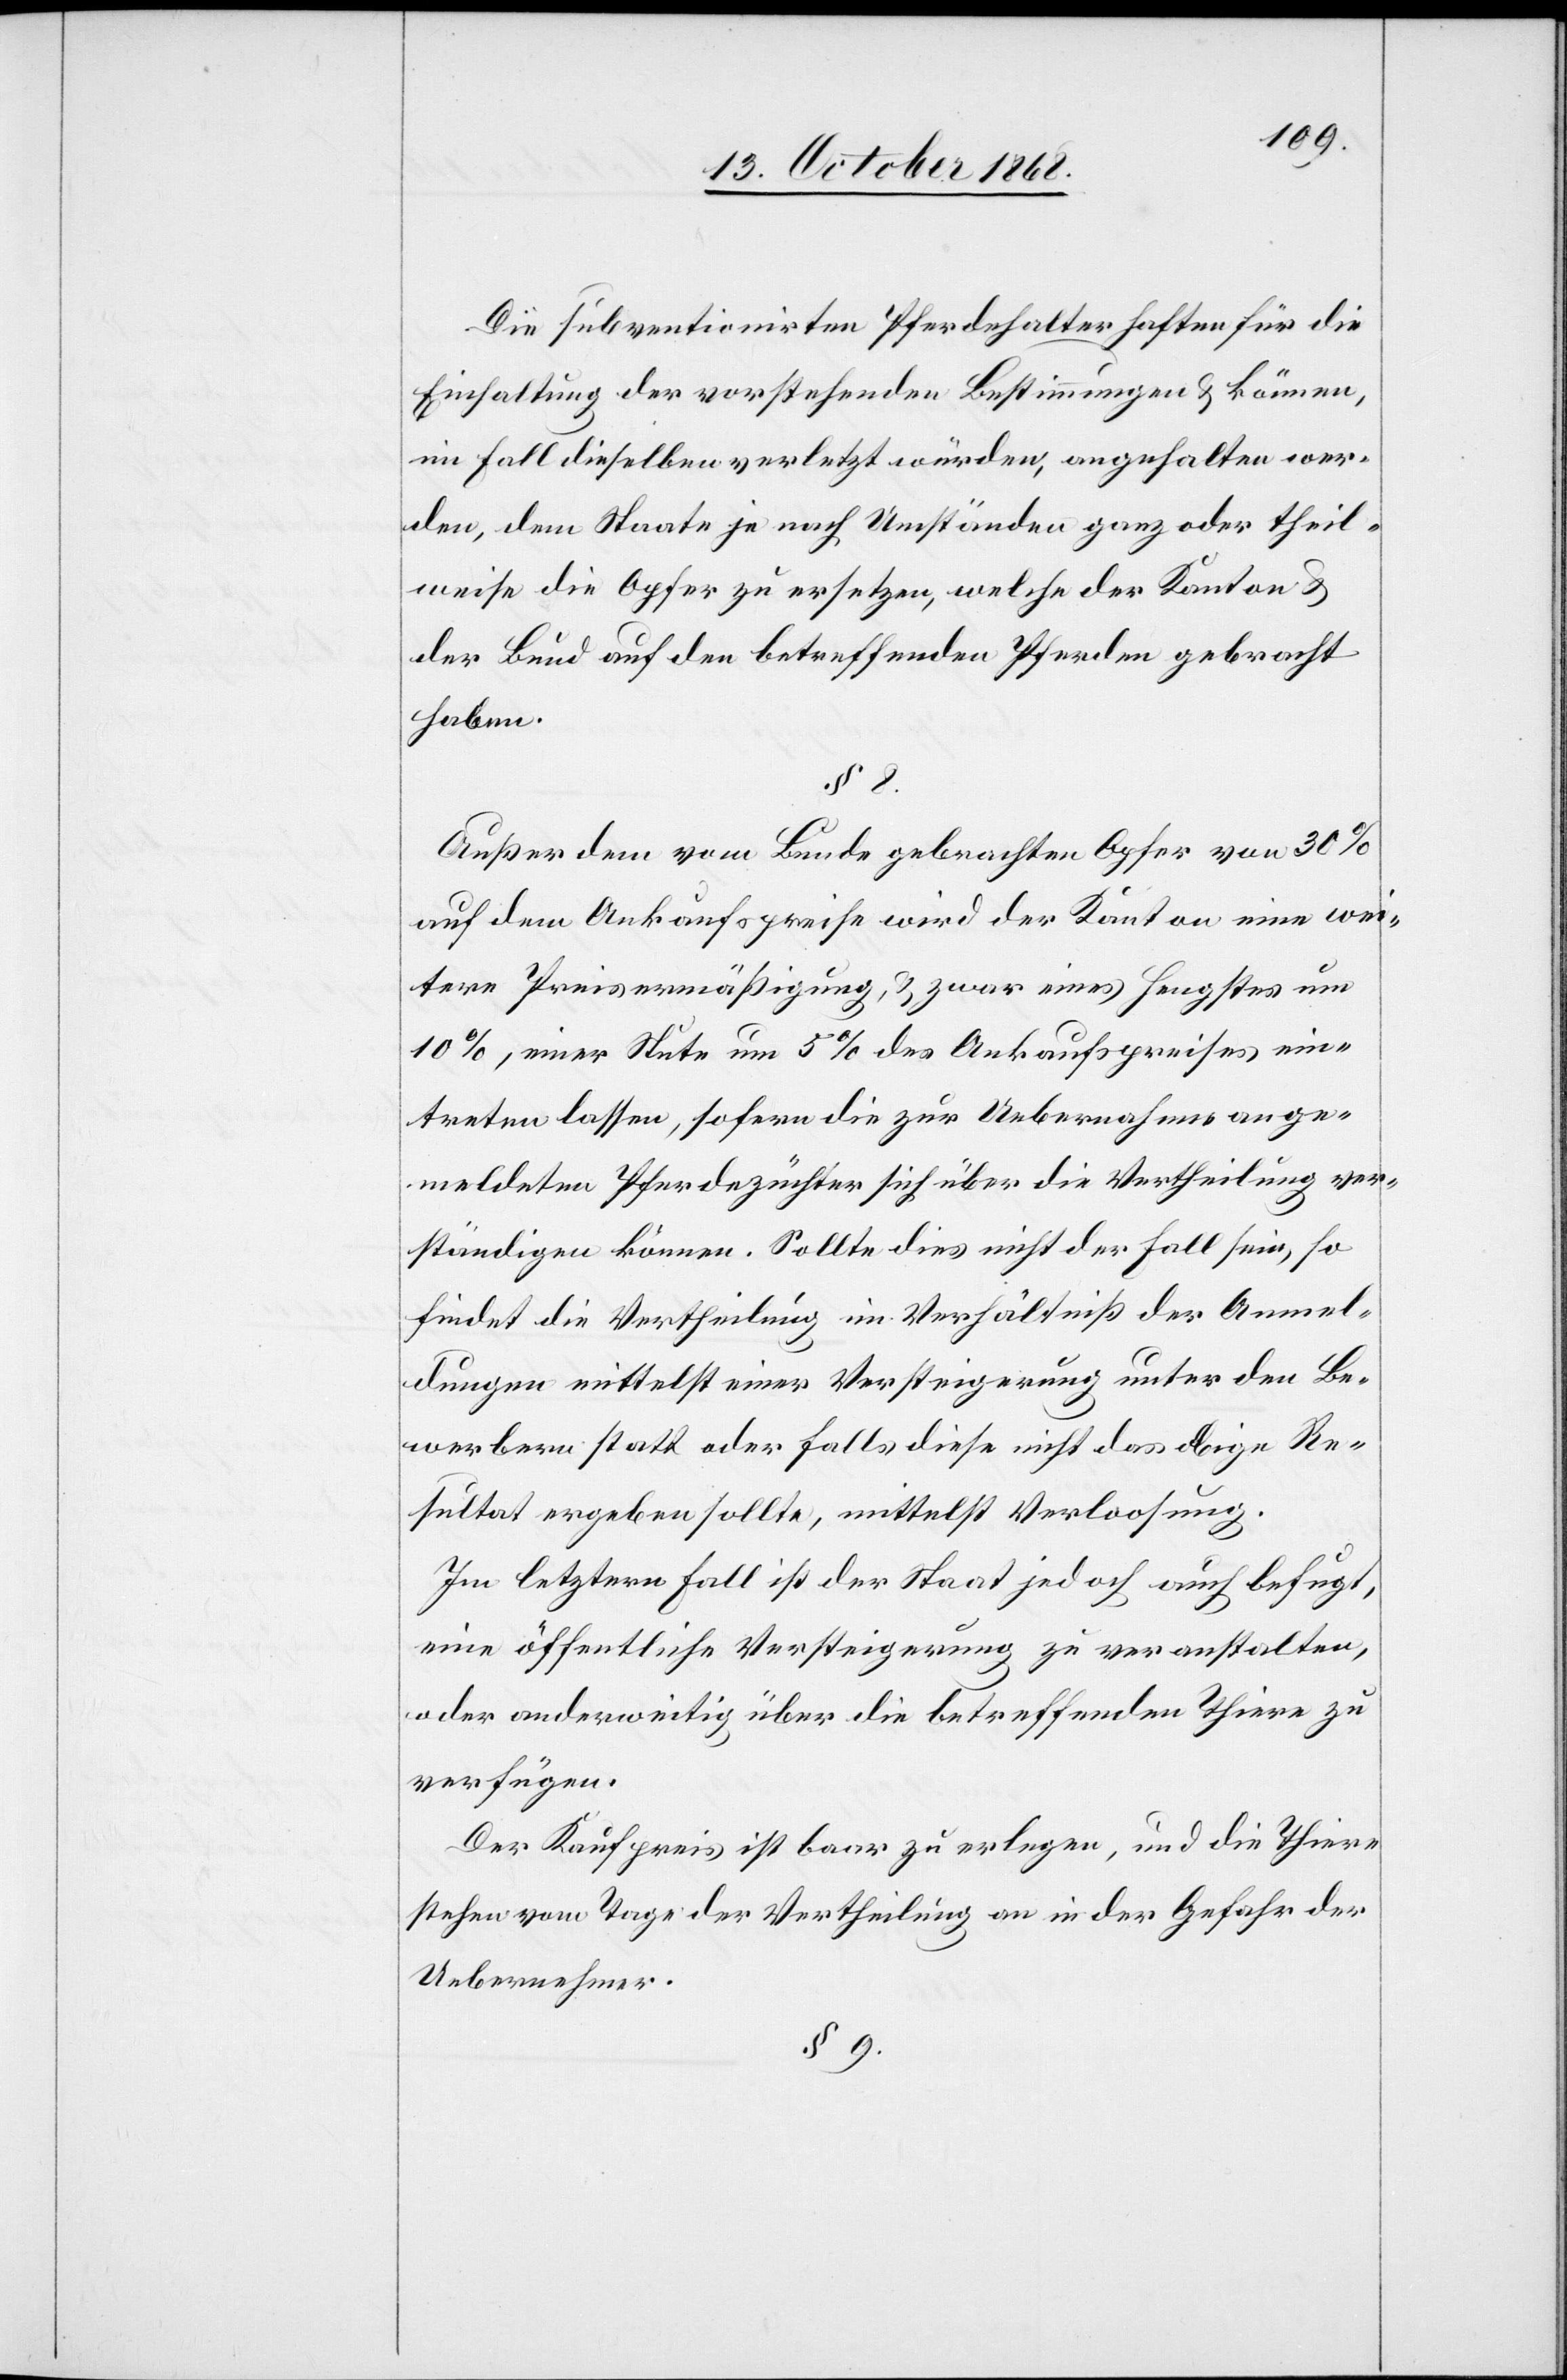
Die subventionirten Pferdehalter haften für die
Einhaltung der vorstehenden Bestimmungen & können,
im Fall dieselben verletzt würden, angehalten wer¬
den, dem Staate je nach Umständen ganz oder theil¬
weise die Opfer zu ersetzen, welche der Kanton &
der Bund auf den betreffenden Pferden gebracht
haben.
Außer dem vom Bunde gebrachten Opfer von 30%
auf dem Ankaufspreise wird der Kanton eine wei¬
tere Preisermäßigung, & zwar eines Hengstes um
10%, einer Stute um 5% des Ankaufspreises ein¬
treten lassen, sofern die zur Uebernahme ange¬
meldeten Pferdezüchter sich über die Vertheilung ver¬
ständigen können. Sollte dies nicht der Fall sein, so
findet die Vertheilung im Verhältniß der Anmel¬
dungen mittelst einer Versteigerung unter den Be¬
werbern statt oder falls diese nicht das obige Re¬
sultat ergeben sollte, mittelst Verloosung.
Im letztern Fall ist der Staat jedoch auch befugt,
eine öffentliche Versteigerung zu veranstalten,
oder anderweitig über die betreffenden Thiere zu
verfügen.
Der Kaufpreis ist baar zu erlegen, und die Thiere
stehen vom Tage der Vertheilung an in der Gefahr der
Uebernehmer.
§ 9.